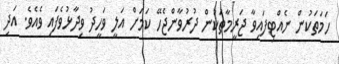
ހަމަތަކުން ނެއްޓިފައިވާ ޖަރީމާތަކުން ދުރުވާންޖެހޭ ކަމަށް އަލީ ވަހީދު ވިދާޅުވެފައި ވެއެވެ. އަދި